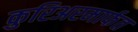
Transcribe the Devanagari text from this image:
कुरिअरमार्फत